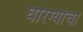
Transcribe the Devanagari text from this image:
घारग्यांचा